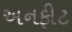
અનફીટ